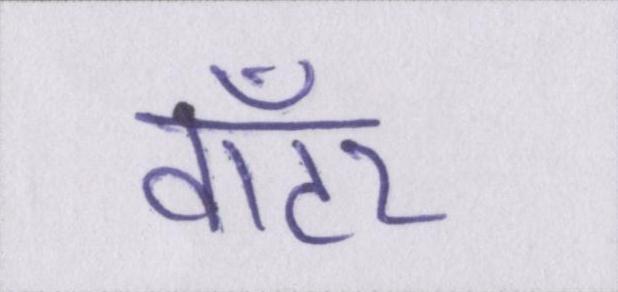
वॉटर